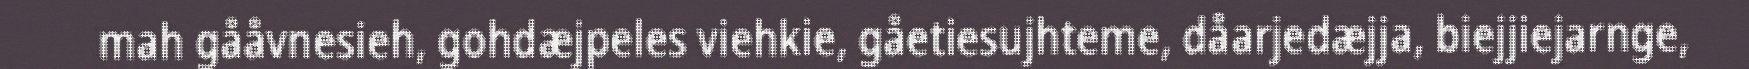
mah gååvnesieh, gohdæjpeles viehkie, gåetiesujhteme, dåarjedæjja, biejjiejarnge,